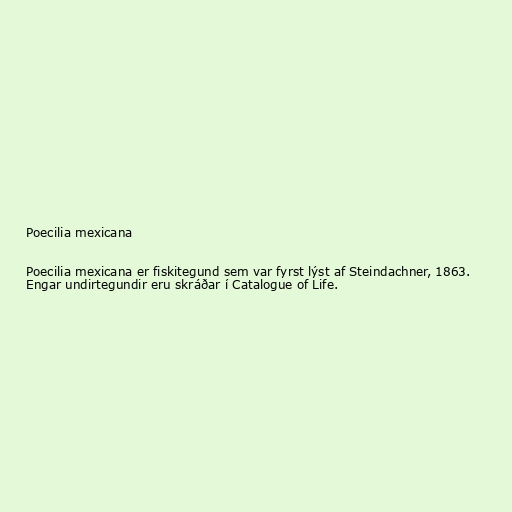
Poecilia mexicana

Poecilia mexicana er fiskitegund sem var fyrst lýst af Steindachner, 1863.
Engar undirtegundir eru skráðar í Catalogue of Life.